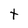
Character: t